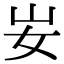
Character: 𡚴